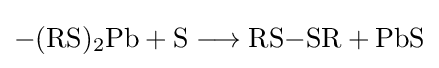
{{-}(\mathrm {RS} ){\vphantom {A}}_{\smash[{t}]{2}}\mathrm {Pb} {}+{}\mathrm {S} {}\mathrel {\longrightarrow } {}\mathrm {RS} {-}\mathrm {SR} {}+{}\mathrm {PbS} }